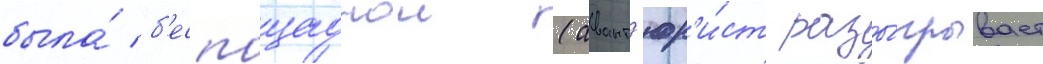
была́ б'еспощаднои (авант'юр'и́ст разы́грывает